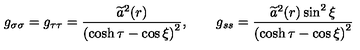
g _ { \sigma \sigma } = g _ { \tau \tau } = \frac { \widetilde { a } ^ { 2 } ( r ) } { \left( \cosh \tau - \cos \xi \right) ^ { 2 } } , \qquad g _ { s s } = \frac { \widetilde { a } ^ { 2 } ( r ) \sin ^ { 2 } \xi } { \left( \cosh \tau - \cos \xi \right) ^ { 2 } }